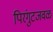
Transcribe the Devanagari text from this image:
पिरंगुटजवळ